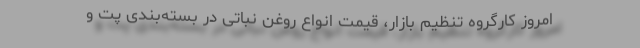
امروز کارگروه تنظیم بازار، قیمت انواع روغن نباتی در بسته‌بندی پت و